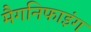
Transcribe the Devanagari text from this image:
मैगनिफाइंग